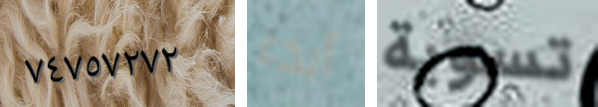
٧٤٧٥٧٢٧٢ أبدء تسوية